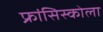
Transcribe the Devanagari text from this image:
फ्रांसिस्कोला